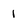
Character: 1